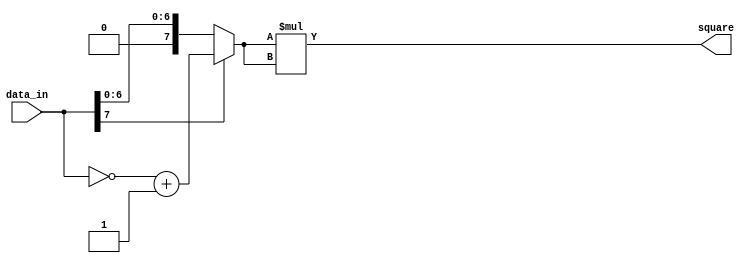
module resource_share2 (data_in,square);
input [7:0]   data_in;       //
output [15:0]  square;
wire  [7:0]   data_tmp;

assign data_tmp = (data_in[7])? (~data_in + 1) : data_in;
assign square = data_tmp * data_tmp;
endmodule